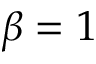
\beta = 1